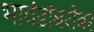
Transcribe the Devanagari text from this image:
भावंडांबरोबर